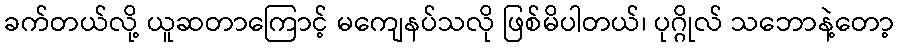
ခက်တယ်လို့ ယူဆတာကြောင့် မကျေနပ်သလို ဖြစ်မိပါတယ်၊ ပုဂ္ဂိုလ် သဘောနဲ့တော့